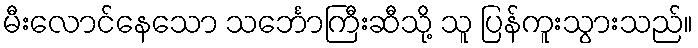
မီးလောင်နေသော သင်္ဘောကြီးဆီသို့ သူ ပြန်ကူးသွားသည်။